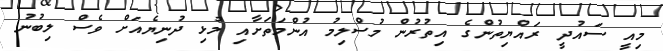
މިއީ ސައުދީ ރައްޔިތުންގެ އިތުރުން މުސްލިމު އުންމަތަށާއި މުޅި ދުނިޔެއަށް ވެސް ލިބުނު